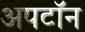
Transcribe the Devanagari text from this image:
अपटॉन